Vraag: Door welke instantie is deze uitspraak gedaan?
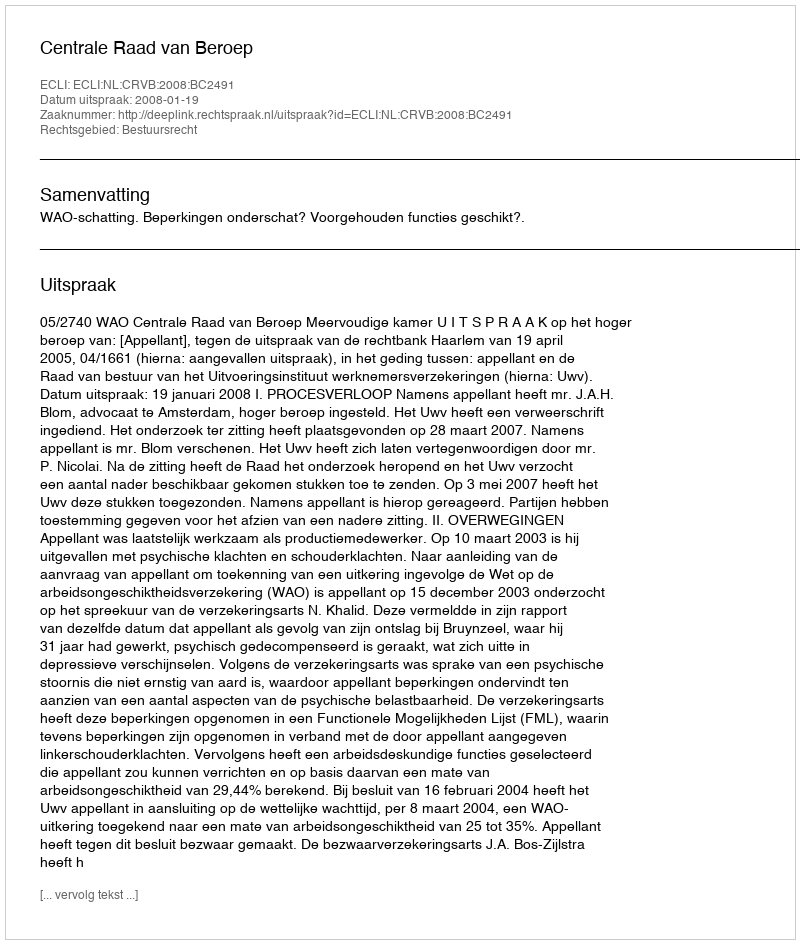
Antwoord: Centrale Raad van Beroep